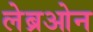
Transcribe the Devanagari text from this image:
लेब्रओन